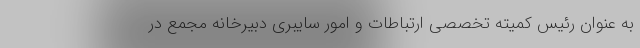
به عنوان رئیس کمیته تخصصی ارتباطات و امور سایبری دبیرخانه مجمع در